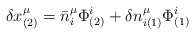
\begin{align*}\delta x^\mu_{(2)}=\bar{n}^\mu_{i}\Phi^{i}_{(2)}+\delta n^{\mu}_{i(1)}\Phi^{i}_{(1)}\end{align*}